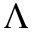
\Lambda